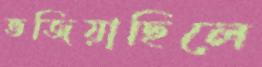
ভজিয়াছিলে